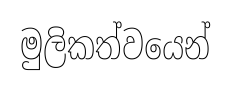
මුලිකත්වයෙන්